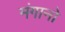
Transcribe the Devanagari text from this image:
मंगानो